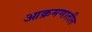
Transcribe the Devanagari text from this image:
आक्रमणातील